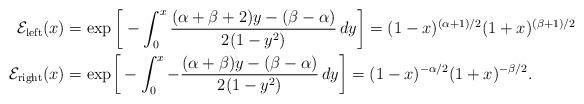
LaTeX: \begin{align*}\mathcal{E}_{\rm left} (x) &=\exp\bigg[- \int_0^x \frac{(\alpha+\beta+2)y-(\beta-\alpha)}{2(1-y^2)}\,dy\bigg]=(1-x)^{(\alpha+1)/2}(1+x)^{(\beta+1)/2} \\\mathcal{E}_{\rm right} ( x) &= {\exp}\bigg[- \int_0^x -\frac{(\alpha+\beta)y-(\beta-\alpha)}{2(1-y^2)}\,dy\bigg]= (1-x)^{-\alpha/2} (1+x)^{-\beta/2}. \end{align*}